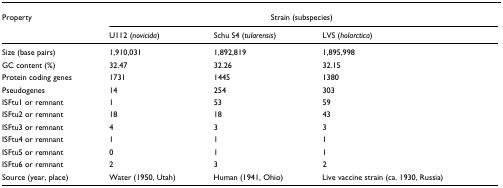
| Property | <COLSPAN=3> Strain (subspecies) |
 |  | U112 (novicida) | Schu S4 (tularensis) | LVS (holarctica) |
 | --- | --- | --- | --- |
 | Size (base pairs) | 1,910,031 | 1,892,819 | 1,895,998 |
 | GC content (%) | 32.47 | 32.26 | 32.15 |
 | Protein coding genes | 1731 | 1445 | 1380 |
 | Pseudogenes | 14 | 254 | 303 |
 | ISFtu1 or remnant | 1 | 53 | 59 |
 | ISFtu2 or remnant | 18 | 18 | 43 |
 | ISFtu3 or remnant | 4 | 3 | 3 |
 | ISFtu4 or remnant | 1 | 1 | 1 |
 | ISFtu5 or remnant | 0 | 1 | 1 |
 | ISFtu6 or remnant | 2 | 3 | 2 |
 | Source (year, place) | Water (1950, Utah) | Human (1941, Ohio) | Live vaccine strain (ca. 1930, Russia) |